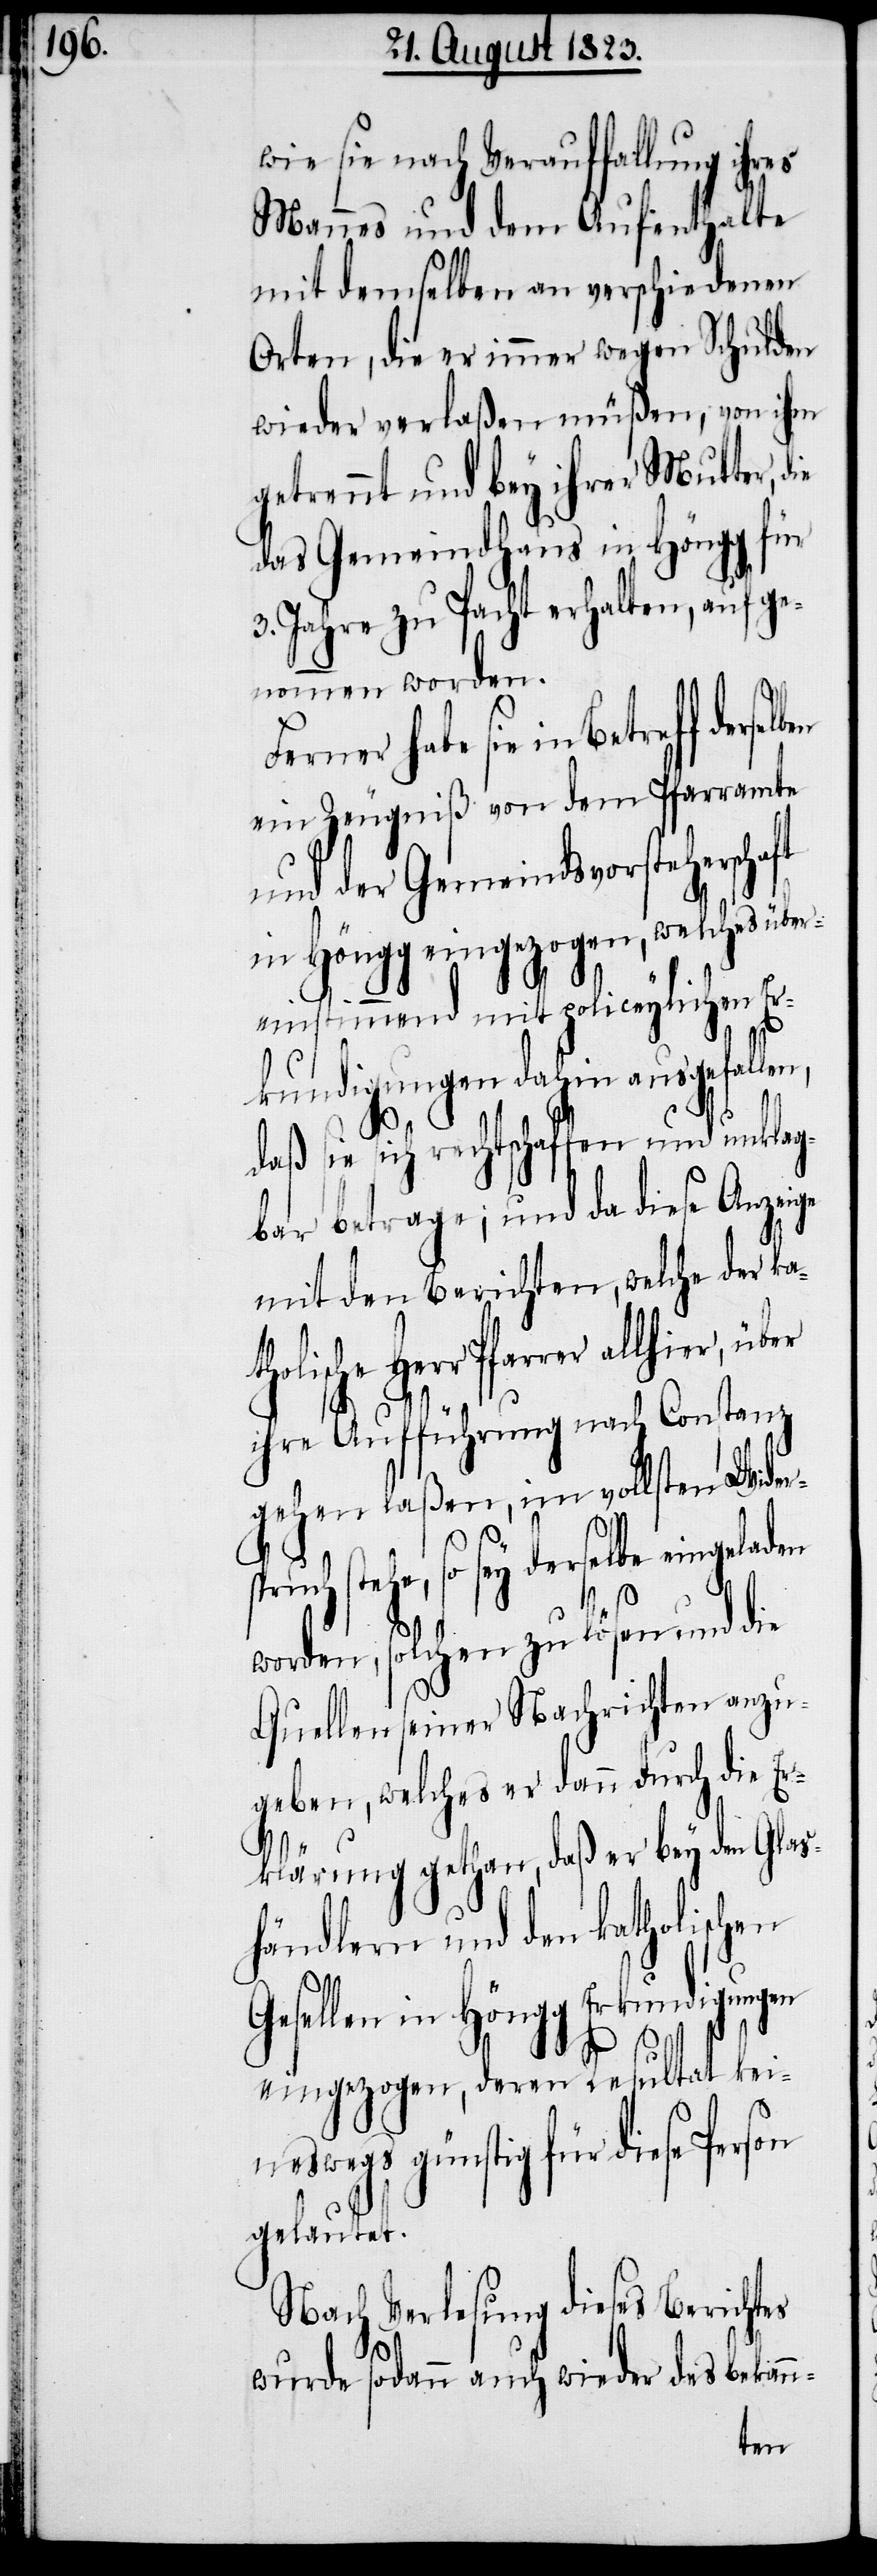
wie sie nach Verauffallung ihres
Mannes und dem Aufenthalte
mit demselben an verschiedenen
Orten, die er immer wegen Schulden
wieder verlaßen müßen, von ihm
getrennt und bey ihrer Mutter,
das Gemeindhaus in Höngg für
3. Jahre zu Pacht erhalten, aufge¬
nommen worden.
derselbe eingeladen
ein Zeugniß von dem Pfarramte
und der Gemeindsvorsteherscha¬
in Höngg eingezogen, welches üb¬
ereinstimmend mit policeylichen Er¬
kundigungen dahin ausgefal¬
daß sie sich rechtschaffen und unklag¬
bar betrage; und da diese Anzeige
mit den Berichten, welche der ka¬
tholische Herr Pfarrer
ihre Aufführung nach Constanz
gehen laßen, im vollsten Wider¬
worden, solchen zu lösen und die
Quellen seiner Nachrichten anzu¬
geben, welches er dann durch die Er¬
klärung gethan, daß er bey den Glas¬
händlern und den katholischen
Gesellen in Höngg Erkundigungen
eingezogen, deren Resultat kein¬
eswegs günstig für diese
gelautet.
Nach Verlesung dieses Berichtes
wurde sodann auch wieder des bekan¬
n-